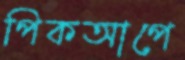
পিকআপে